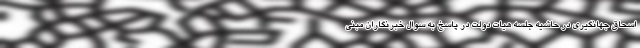
اسحاق جهانگیری در حاشیه جلسه هیات دولت در پاسخ به سوال خبرنگاران مبنی